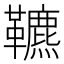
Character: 𩍶